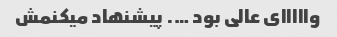
وااااای عالی بود …. پیشنهاد میکنمش